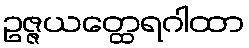
ဥဇ္ဇယတ္ထေရဂါထာ